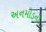
અનમોડની